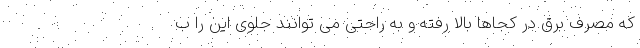
که مصرف برق در کجاها بالا رفته و به راحتی می توانند جلوی این را ب